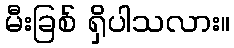
မီးခြစ် ရှိပါသလား။